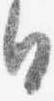
日